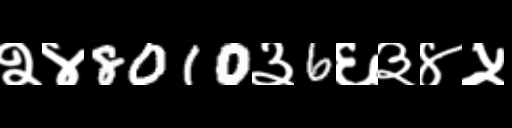
Text: २४8010३6६३४५